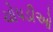
ચોપડીઓ